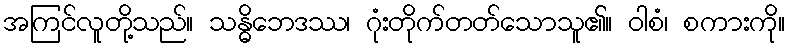
အကြင်လူတို့သည်။ သန္ဓိဘေဒဿ၊ ဂုံးတိုက်တတ်သောသူ၏။ ဝါစံ၊ စကားကို။